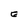
Character: E